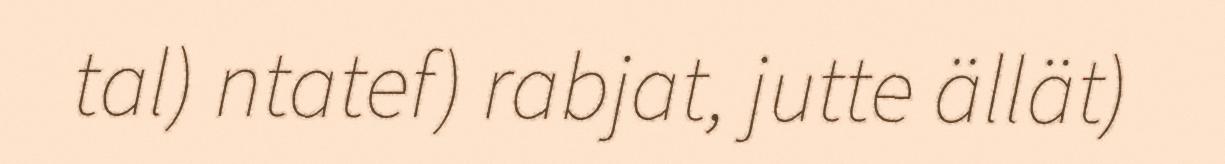
tal) ntatef) rabjat, jutte ällät)